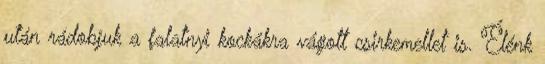
után rádobjuk a falatnyi kockákra vágott csirkemellet is. Élénk